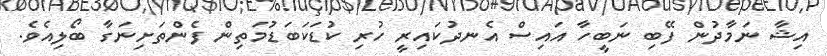
އިޝާ ނަމާދުން ފޭބި ނަބީހާ އައިސް އެނދުކައިރީ ހުރި ކުޑަކަބަޑުމަތިން ފެންތަށިނަގާ ބޯލިއެވެ.